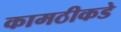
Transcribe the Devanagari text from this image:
कामठीकडे